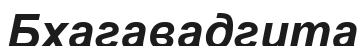
Бхагавадгита